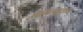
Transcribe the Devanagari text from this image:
उपमन्युकृत